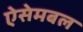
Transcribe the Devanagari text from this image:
ऐसेमबल